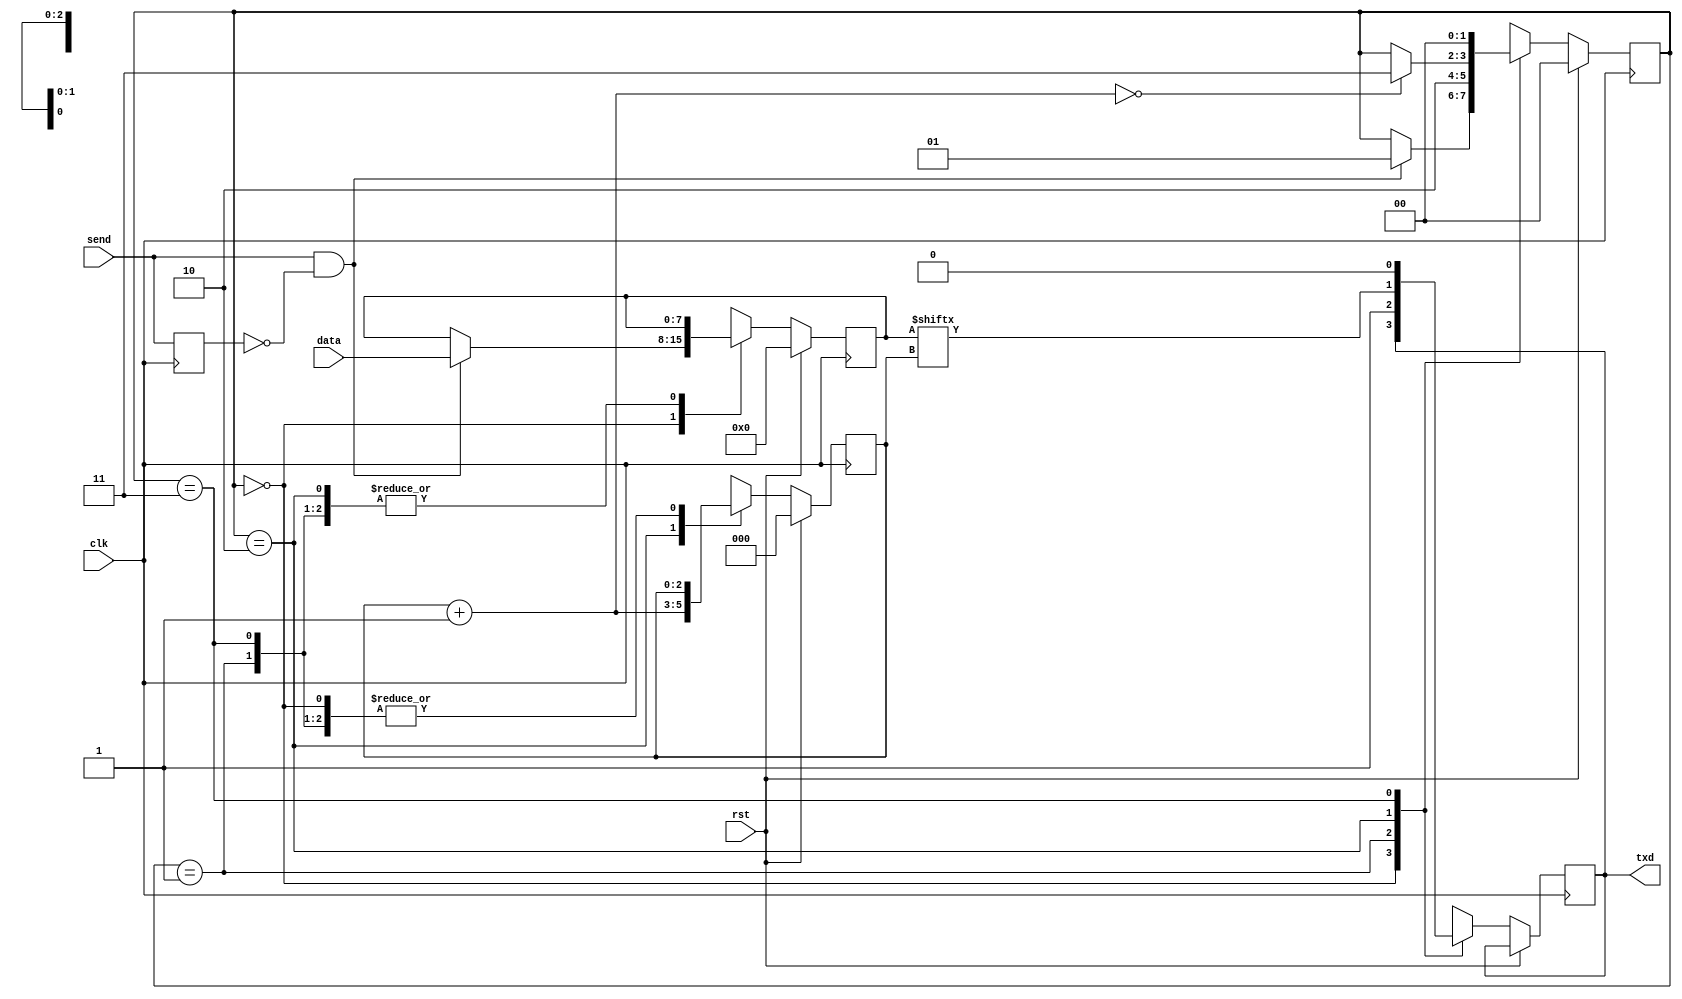
module machine (
    input clk,
    input rst,
    input send,
    input [7:0] data,
    output txd
    );

    localparam STATE0 = 2'd0;
    localparam STATE1 = 2'd1;
    localparam STATE2 = 2'd2;
    localparam STATE3 = 2'd3;

    reg previous = 1'b0;
    reg next = 1'b0;
    reg [1:0] current = STATE0;
    reg [2:0] index = 3'b000;
    reg [7:0] letter = 8'b00000000;

    always @ (posedge clk) begin
      if (rst) begin
        current = STATE0;
        index = 3'b000;
        letter = 8'b000000000;
      end
      else begin
        case (current)
          STATE0 : begin
            if (send == 1 && previous == 0) begin
              letter = data;
              current = STATE1;
            end
          end
          STATE1 : begin
            next = 1'b1;
            current = STATE2;
          end
          STATE2 : begin
            next = letter[index];
            index = index + 1;
            if (index == 3'b000)
              current = STATE3;
          end
          STATE3 : begin
            next = 1'b0;
            current = STATE0;
          end
        endcase
      end
      previous = send;
    end

    assign txd = next;

endmodule